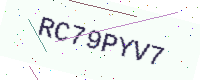
Text: RC79PYV7